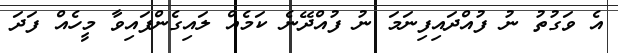
އެ ވަގުތު ނު ފުއްދައިފިނަމަ ނު ފުއްދޭނެ ކަމެއް ލައިގެންފައިވާ މީހެއް ފަދަ